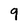
Character: 9